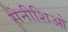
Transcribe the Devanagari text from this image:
सेनीशिओ